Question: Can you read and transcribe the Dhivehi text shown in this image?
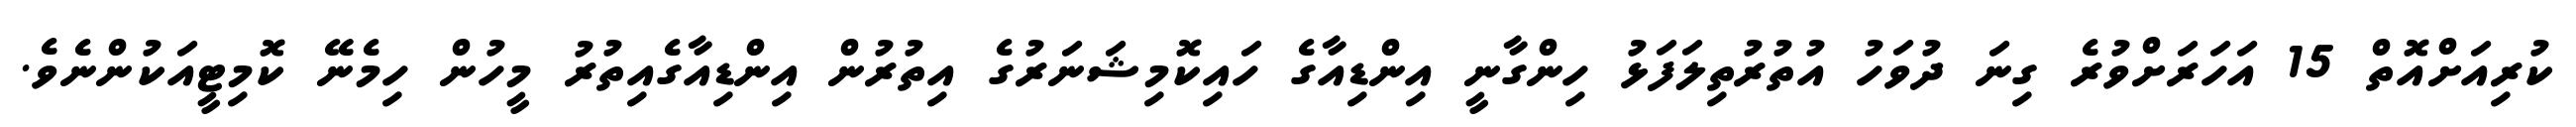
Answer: ކުރިއަށްއޮތް 15 އަހަރަށްވުރެ ގިނަ ދުވަހު އުތުރުތިލަފަޅު ހިންގާނީ އިންޑިއާގެ ހައިކޮމިޝަނަރުގެ އިތުރުން އިންޑިއާގެއިތުރު މީހުން ހިމެނޭ ކޮމިޓީއަކުންނެވެ.